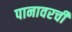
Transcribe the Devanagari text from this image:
पानावरची